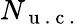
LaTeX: N_{\mathrm{~u~.~c~.~}}